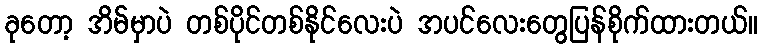
ခုတော့ အိမ်မှာပဲ တစ်ပိုင်တစ်နိုင်လေးပဲ အပင်လေးတွေပြန်စိုက်ထားတယ်။